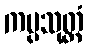
ကပ္ပသုတ္တံ